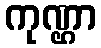
ကုဏ္ဌာ